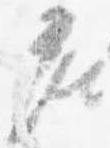
座